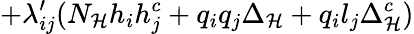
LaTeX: +{\lambda_{ij}^{\prime}}({N_{\mathcal{H}}}{h_{i}}{h_{j}^{c}}+{q_{i}}{q_{j}}{\Delta_{\mathcal{H}}}+{q_{i}}{l_{j}}{\Delta_{\mathcal{H}}^{c}})